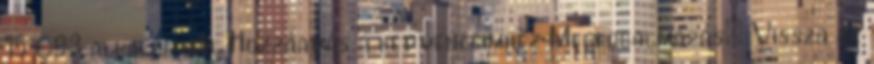
15 093 alkalommal Hozzáadás a kedvenceimhez Megfogalmazás: Vissza az